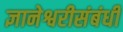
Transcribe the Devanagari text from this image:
ज्ञानेश्वरीसंबंधी